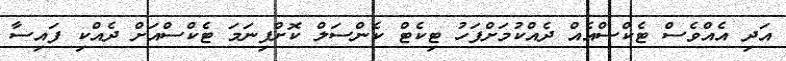
އަދި އެއްވެސް ޓެކްސްއެއް ދެއްކުމަށްފަހު ޓިކެޓް ކެންސަލް ކޮށްފިނަމަ ޓެކްސްއަށް ދެއްކި ފައިސާ